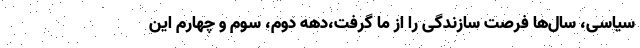
سیاسی، سال‌ها فرصت سازندگی را از ما گرفت،دهه دوم، سوم و چهارم این